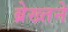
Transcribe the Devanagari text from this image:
ब्रेख्तने